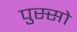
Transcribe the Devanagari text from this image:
पुस्सो